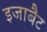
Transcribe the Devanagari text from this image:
इजाबैट